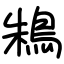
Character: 鴸